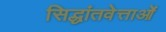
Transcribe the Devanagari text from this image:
सिद्धांतवेत्ताओं